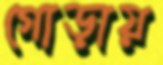
গোড়ায়